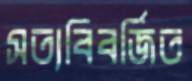
সত্যবিবর্জিত